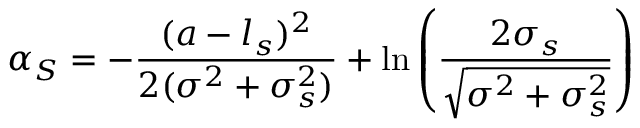
\alpha _ { S } = - \frac { ( a - l _ { s } ) ^ { 2 } } { 2 ( \sigma ^ { 2 } + \sigma _ { s } ^ { 2 } ) } + \ln \left( \frac { 2 \sigma _ { s } } { \sqrt { \sigma ^ { 2 } + \sigma _ { s } ^ { 2 } } } \right)